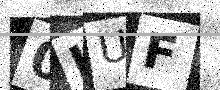
Text: 0IUF